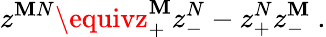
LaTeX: z^{\mathbf{M}N}\equivz_{+}^{\mathbf{M}}z_{-}^{N}-z_{+}^{N}z_{-}^{\mathbf{M}}\ .